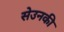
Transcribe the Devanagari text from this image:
सेउनकी